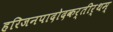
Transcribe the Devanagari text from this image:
हरिजनपादोदकर्तीर्थम्‌